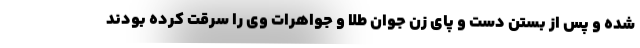
شده و پس از بستن دست و پای زن جوان طلا و جواهرات وی را سرقت کرده بودند